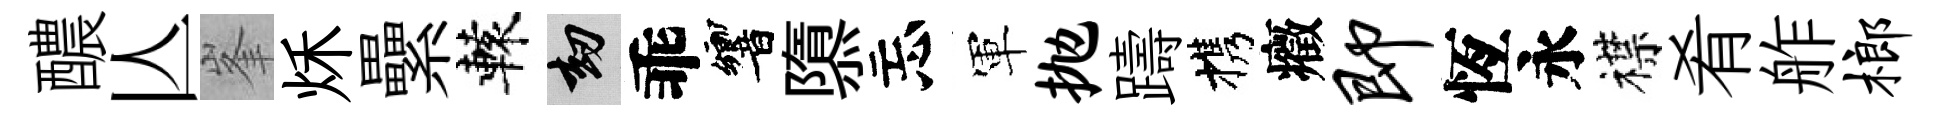
醲亾峯秌纍轅劫乖響隳忘軍抛躊携癥即恆永襟肴舴榔